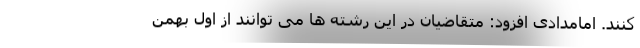
کنند. امامدادی افزود: متقاضیان در این رشته ها می توانند از اول بهمن